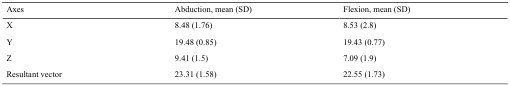
<table><thead><tr><td><b>Axes</b></td><td><b>Abduction, mean (SD)</b></td><td><b>Flexion, mean (SD)</b></td></tr></thead><tbody><tr><td>X</td><td>8.48 (1.76)</td><td>8.53 (2.8)</td></tr><tr><td>Y</td><td>19.48 (0.85)</td><td>19.43 (0.77)</td></tr><tr><td>Z</td><td>9.41 (1.5)</td><td>7.09 (1.9)</td></tr><tr><td>Resultant vector</td><td>23.31 (1.58)</td><td>22.55 (1.73)</td></tr></tbody></table>